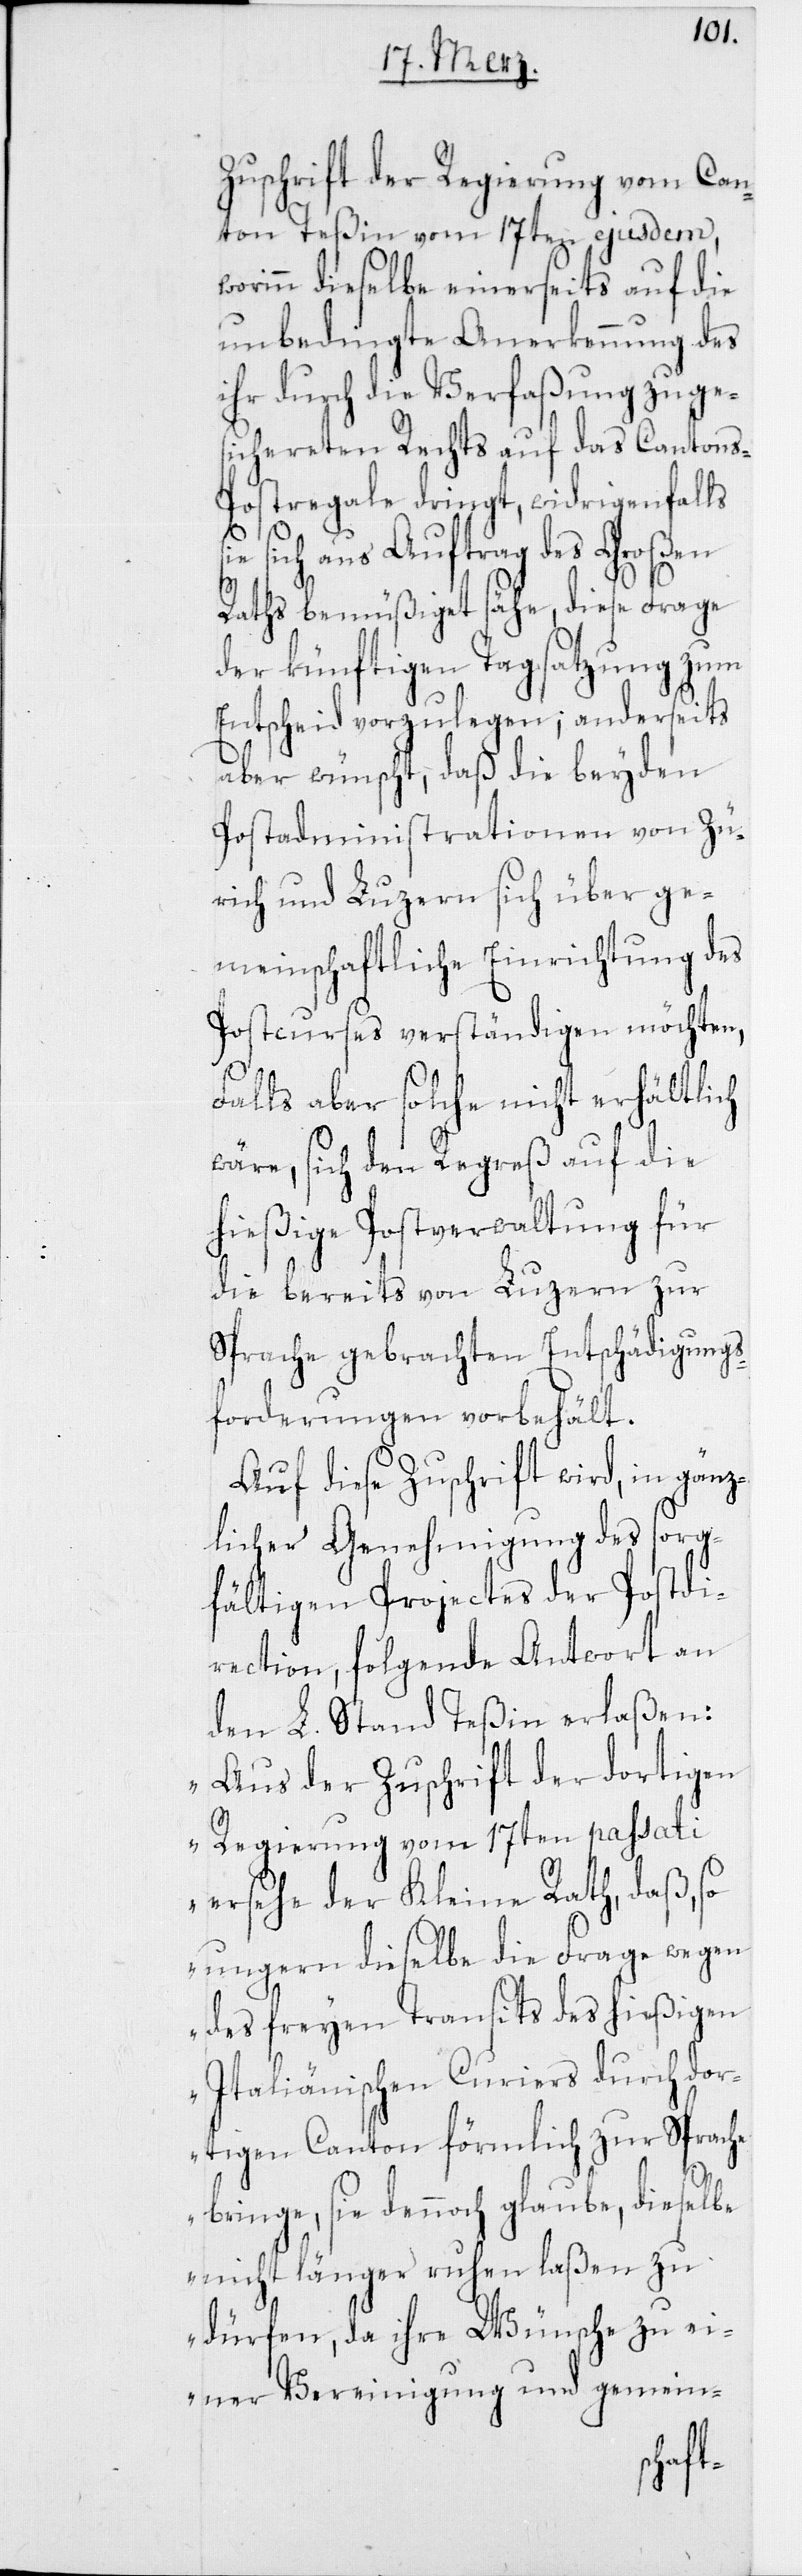
Zuschrift der Regierung vom Can¬
ton Teßin vom 17ten ejusdem,
worinn dieselbe einerseits auf die
unbedingte Anerkennung des
ihr durch die Verfaßung zuge¬
sichereten Rechts auf das Cantons-P¬
ostregale dringt, widrigenfalls
sich aus Auftrag des Großen
Raths bemüßiget sähe, diese Frage
der künftigen Tagsatzung zum
Entscheid vorzulegen; anderseits
aber wünscht, daß die beyden
Postadministrationen von Zü¬
rich und Luzern sich über ge¬
meinschaftliche Einrichtung des
Postcurses verständigen möchten,
falls aber solche nicht erhältlich
wäre, sich den Regreß auf die
hießige Postverwaltung für
die bereits von Luzern zur
Sprache gebrachten Entschädigungs¬
forderungen vorbehält.
Auf diese Zuschrift wird, in gänz¬
licher Genehmigung des sorg¬
fältigen Projectes der Postdi¬
rection, folgende Antwort an
den L. Stand Teßin erlaßen:
„Aus der Zuschrift der dortigen
Regierung vom 17ten passati
ersehe der Kleine Rath, daß, so
ungern dieselbe die Frage wegen
des freien Transits des hießigen
Italienischen Curiers durch dor¬
tigen Canton förmlich zur Sprache
bringe, sie dennoch glaube, dieselbe
nicht länger ruhen laßen zu
dürfen, da ihre Wünsche zu ei¬
ner Vereinigung und gemein-